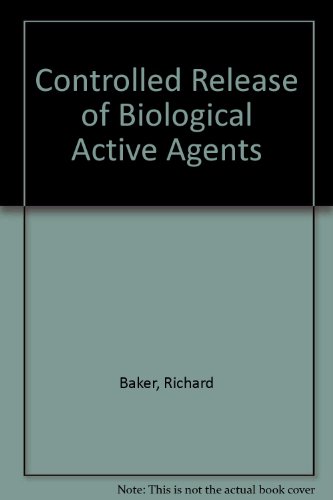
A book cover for Controlled Release of Biologically Active Agents; Richard W. Baker; Medical Books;